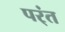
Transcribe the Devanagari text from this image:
पर्ंत